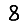
Digit: 8